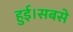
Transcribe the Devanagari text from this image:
हुई।सबसे